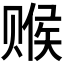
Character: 𬥽